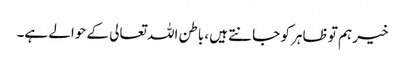
خیر ہم تو ظاہر کو جانتے ہیں، باطن اللہ تعالی کے حوالے ہے۔